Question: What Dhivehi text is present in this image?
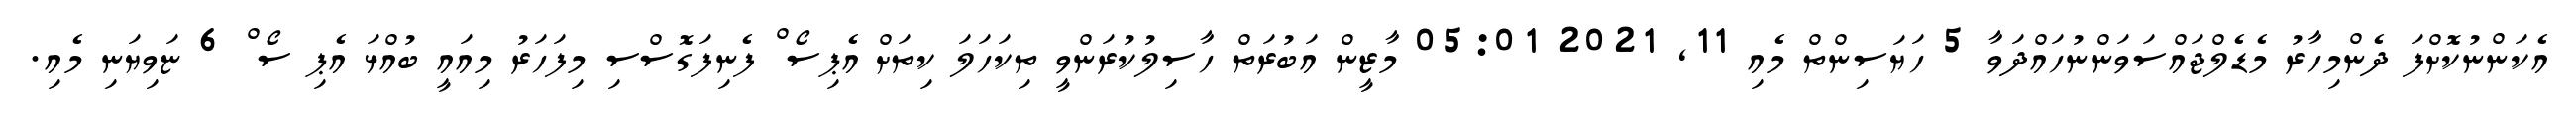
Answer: އެކަންނުކޮށްފަ ދެންމިހާރު މެޑެލްޖައްސަވަންނުހައްދަވާ 5 ހަޔަސިންތް މެއި 11, 2021 05:01 މާޒީން އަބުރަތް ހާސިލުކުރަންވީ ތިކަހަލަ ކިތަށް އެޕިސޯޱް ފެނިފަގޮސްސި މިފަހަރު މިއައީ ބުއްޅަ އެޕި ސޯޱް 6 ޏަވިޔަނި މެއި.